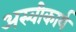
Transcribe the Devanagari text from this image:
अस्‍वीकार्य